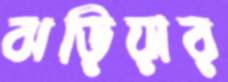
ঝড়িয়ার